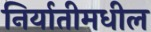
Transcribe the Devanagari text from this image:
निर्यातीमधील